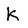
Character: K